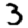
Digit: 3